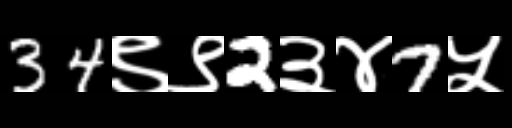
Text: 34९९2३४7५